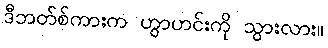
ဒီဘတ်စ်ကားက ဟွာဟင်းကို သွားလား။